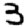
Digit: 3